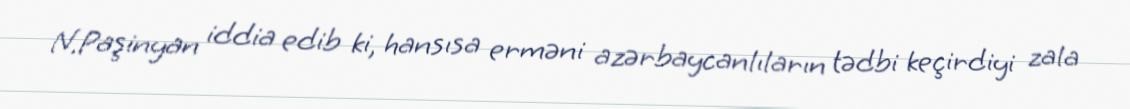
N.Paşinyan iddia edib ki, hansısa erməni azərbaycanlıların tədbi keçirdiyi zala